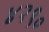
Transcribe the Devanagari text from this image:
४२९०